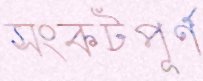
সংকটপূর্ণ